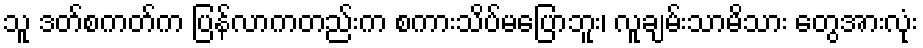
သူ ဒတ်စကတ်က ပြန်လာကတည်းက စကားသိပ်မပြောဘူး၊ လူချမ်းသာမိသား တွေအားလုံး